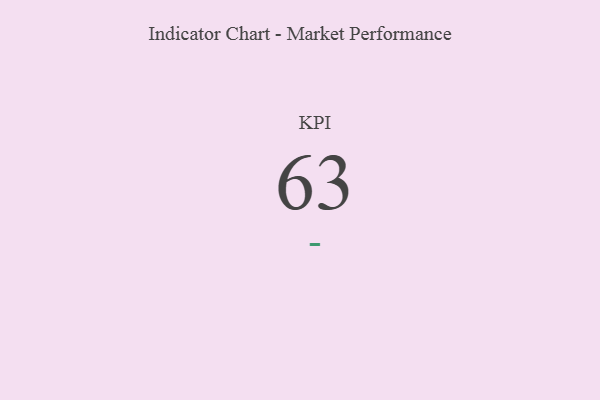
{"axis": {"x": "KPI", "y": "Value"}, "legend": [""], "data": [{"x": "KPI", "y": 63, "type": ""}]}